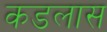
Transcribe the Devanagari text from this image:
कडलास